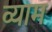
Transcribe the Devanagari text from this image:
व्याम